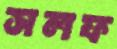
সলফ